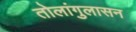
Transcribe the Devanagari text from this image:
तोलांगुलासन